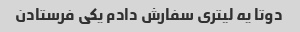
دوتا یه لیتری سفارش دادم یکی فرستادن